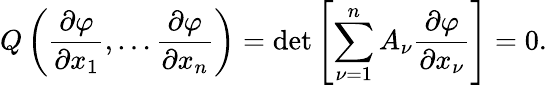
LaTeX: Q\left({\frac{\partial\varphi}{\partial x_{1}}},\ldots{\frac{\partial\varphi}{\partial x_{n}}}\right)=\operatorname*{det}\left[\sum_{\nu=1}^{n}A_{\nu}{\frac{\partial\varphi}{\partial x_{\nu}}}\right]=0.